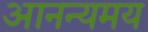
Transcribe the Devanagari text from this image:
आनन्यमय